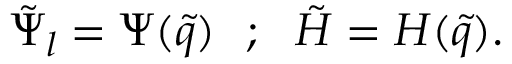
\tilde { \Psi } _ { l } = \Psi ( \tilde { q } ) ~ ~ ; ~ ~ \tilde { H } = H ( \tilde { q } ) .